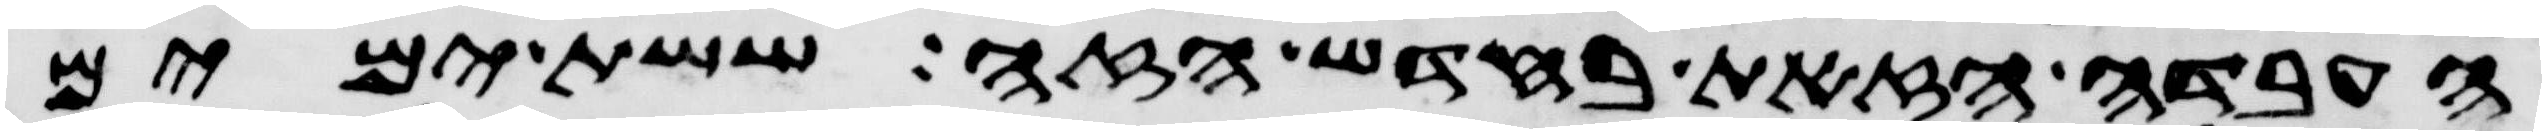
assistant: העבדה הזאת בחדש הזה ששת ימים